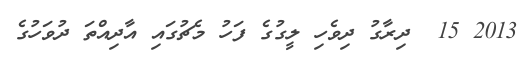
2013 15  ދިރާގު ދިވެހި ލީގުގެ ފަހު މެޗުގައި އާދިއްތަ ދުވަހުގެ